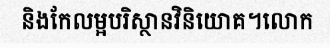
និងកែលម្អបរិស្ថានវិនិយោគ។លោក